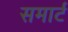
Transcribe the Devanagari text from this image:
समार्ट